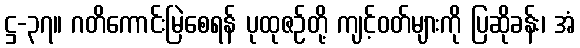
ဋ္ဌ-၃၇။ ဂတိကောင်းမြဲစေရန် ပုထုဇဉ်တို့ ကျင့်ဝတ်များကို ပြဆိုခန်း၊ အံ